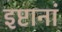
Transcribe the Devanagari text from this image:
इष्टानां